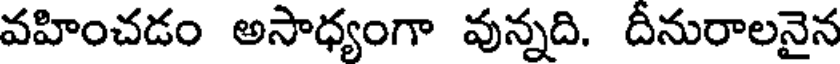
వహించడం అసాధ్యంగా వున్నది. దీనురాలనైన